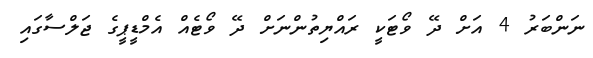
ނަންބަރު 4 އަށް ދޭ ވޯޓަކީ ރައްޔިތުންނަށް ދޭ ވޯޓެއް އެމްޑީޕީގެ ޖަލްސާގައި